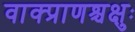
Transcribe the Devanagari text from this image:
वाक्प्राणश्चक्षुः